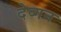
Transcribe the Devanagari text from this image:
देव्गन